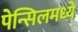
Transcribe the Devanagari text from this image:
पेन्सिलमध्ये